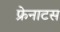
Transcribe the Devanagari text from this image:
फ्रेनाटस